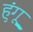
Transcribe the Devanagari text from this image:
हुंगू